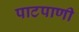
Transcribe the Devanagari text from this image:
पाटपाणी